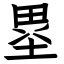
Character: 塁